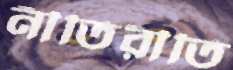
নীতিরীতি